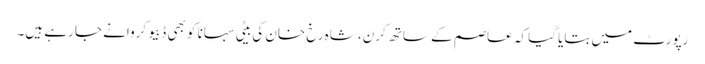
رپورٹ میں بتایا گیا کہ عاصم کے ساتھ کرن، شاہ رخ خان کی بیٹی سہانا کو بھی ڈبیو کروانے جا رہے ہیں۔